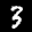
Label: 3